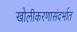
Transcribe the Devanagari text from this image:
खोलीकरणासंदर्भात